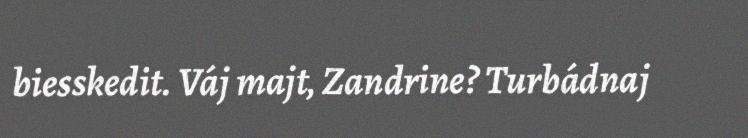
biesskedit. Váj majt, Zandrine? Turbádnaj